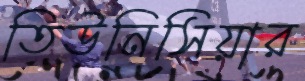
তিউনিসিয়ার